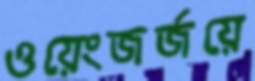
ওয়েংজর্জয়ে